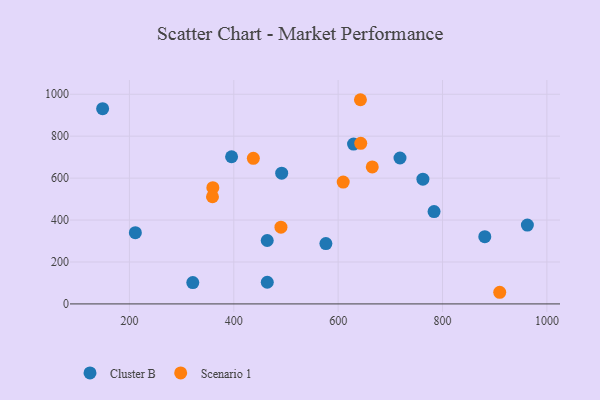
{"axis": {"x": "Experience", "y": "Yield"}, "legend": ["Cluster B", "Scenario 1"], "data": [{"x": "718.5", "y": 696.0, "type": "Cluster B"}, {"x": "464.2", "y": 103.2, "type": "Cluster B"}, {"x": "962.6", "y": 376.2, "type": "Cluster B"}, {"x": "395.8", "y": 701.9, "type": "Cluster B"}, {"x": "491.8", "y": 623.8, "type": "Cluster B"}, {"x": "321.5", "y": 101.8, "type": "Cluster B"}, {"x": "783.8", "y": 440.5, "type": "Cluster B"}, {"x": "881.0", "y": 320.5, "type": "Cluster B"}, {"x": "576.5", "y": 287.8, "type": "Cluster B"}, {"x": "148.7", "y": 931.0, "type": "Cluster B"}, {"x": "629.5", "y": 762.6, "type": "Cluster B"}, {"x": "762.4", "y": 594.8, "type": "Cluster B"}, {"x": "211.4", "y": 340.0, "type": "Cluster B"}, {"x": "464.1", "y": 302.5, "type": "Cluster B"}, {"x": "643.3", "y": 765.8, "type": "Scenario 1"}, {"x": "665.4", "y": 653.4, "type": "Scenario 1"}, {"x": "642.7", "y": 973.9, "type": "Scenario 1"}, {"x": "437.5", "y": 694.4, "type": "Scenario 1"}, {"x": "909.6", "y": 55.5, "type": "Scenario 1"}, {"x": "609.7", "y": 581.3, "type": "Scenario 1"}, {"x": "490.4", "y": 366.1, "type": "Scenario 1"}, {"x": "359.9", "y": 554.2, "type": "Scenario 1"}, {"x": "359.2", "y": 511.1, "type": "Scenario 1"}]}